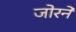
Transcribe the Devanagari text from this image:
जोरने